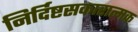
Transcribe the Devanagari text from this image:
निर्दिष्टसकारात्मक